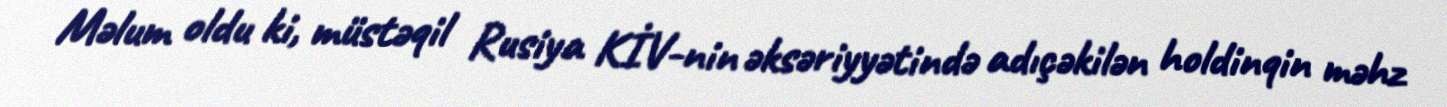
Məlum oldu ki, müstəqil Rusiya KİV-nin əksəriyyətində adıçəkilən holdinqin məhz